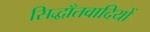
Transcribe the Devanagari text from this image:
सिद्धाँतवादियों